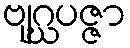
ဗျဂ္ဃပဇ္ဇာ